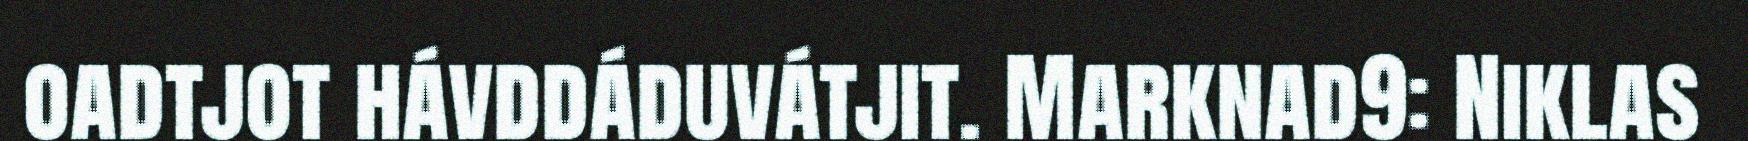
oadtjot hávddáduvátjit. Marknad9: Niklas